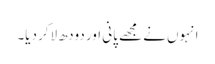
انہوں نے مجھے پانی اور دودھ لاکر دیا۔